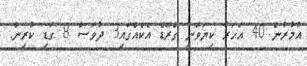
އުމުރުން 40 އަހަރު ކިޔަވަނީ ގްރޭޑް އެކެއްގައި3 ދުވަސް 8 ގަޑި ކުރިން.